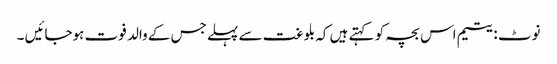
نوٹ :یتیم اس بچہ کو کہتے ہیں کہ بلوغت سے پہلے جس کے والد فوت ہوجائیں ۔